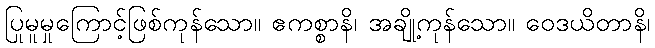
ပြုမူမှုကြောင့်ဖြစ်ကုန်သော။ ဧကစ္စာနိ၊ အချို့ကုန်သော။ ဝေဒယိတာနိ၊